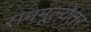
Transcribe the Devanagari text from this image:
सममूल्येतर